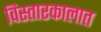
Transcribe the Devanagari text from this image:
विस्तारकालात